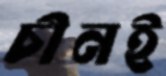
চীনই